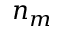
n _ { m }